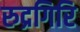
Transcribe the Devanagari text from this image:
रुद्रगिरि